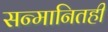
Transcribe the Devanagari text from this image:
सन्मानितही